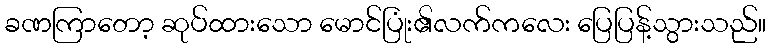
ခဏကြာတော့ ဆုပ်ထားသော မောင်ပြုံး၏လက်ကလေး ပြေပြန့်သွားသည်။